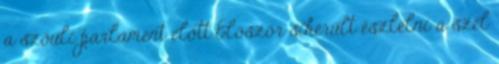
a szöuli parlament előtt Először sikerült észlelni a szél